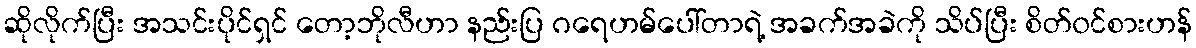
ဆိုလိုက်ပြီး အသင်းပိုင်ရှင် တော့ဘိုလီဟာ နည်းပြ ဂရေဟမ်ပေါ်တာရဲ့ အခက်အခဲကို သိပ်ပြီး စိတ်၀င်စားဟန်